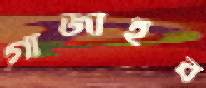
গাঁজাইব